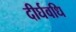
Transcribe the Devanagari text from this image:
दीर्घवधि